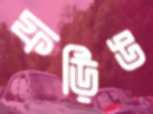
ফড়িঙ